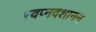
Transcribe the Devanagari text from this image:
स्वप्नदशानन